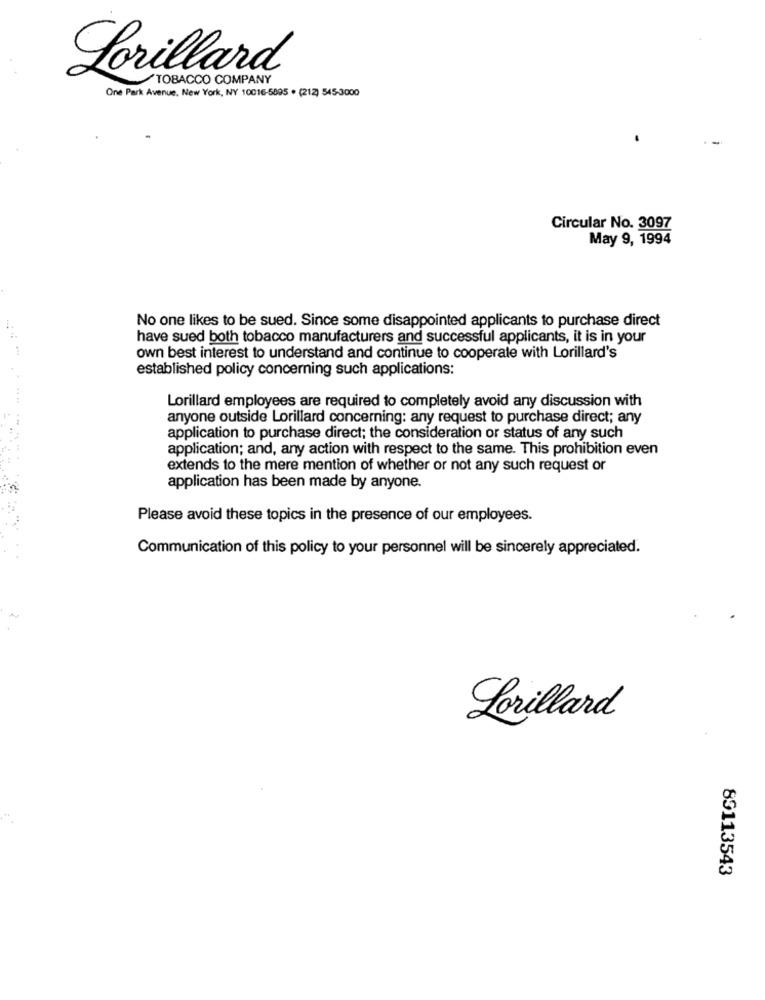
Lorillard
TOBACCO COMPANY
One Park Avenue, New York, NY 10016-5895 . (212) 545-3000
Circular No. 3097
May 9, 1994
No one likes to be sued. Since some disappointed applicants to purchase direct
have sued both tobacco manufacturers and successful applicants, it is in your
own best interest to understand and continue to cooperate with Lorillard's
established policy concerning such applications:
Lorillard employees are required to completely avoid any discussion with
anyone outside Lorillard concerning: any request to purchase direct; any
application to purchase direct; the consideration or status of any such
application; and, any action with respect to the same. This prohibition even
extends to the mere mention of whether or not any such request or
application has been made by anyone.
Please avoid these topics in the presence of our employees.
Communication of this policy to your personnel will be sincerely appreciated.
Lorillard
89113543